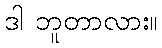
ဒါ ဘူတာလား။